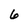
Character: 6